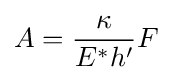
A={\frac {\kappa }{E^{*}h'}}F